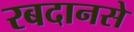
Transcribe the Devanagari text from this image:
रबदानसे